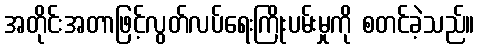
အတိုင်းအတာဖြင့်လွတ်လပ်ရေးကြိုးပမ်းမှုကို စတင်ခဲ့သည်။